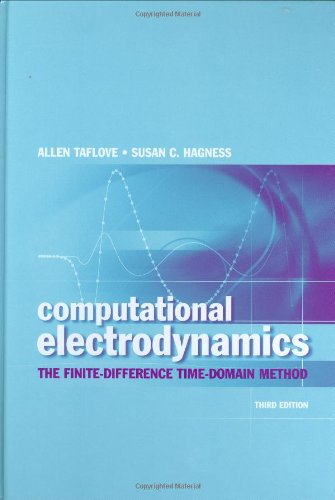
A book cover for Computational Electrodynamics: The Finite-Difference Time-Domain Method, Third Edition; Allen Taflove; Science & Math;